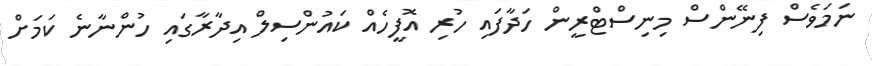
ނަމަވެސް ފިނޭންސް މިނިސްޓްރީން ހަދާފައި ހުރި އޮފީހެއް ކައުންސިލް އިދާރާގައި ހުންނާނެ ކަމަށް